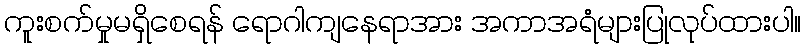
ကူးစက်မှုမရှိစေရန် ရောဂါကျနေရာအား အကာအရံများပြုလုပ်ထားပါ။